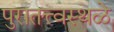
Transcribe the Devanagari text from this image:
पुरातत्त्वस्थळे